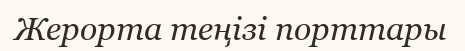
Жерорта теңізі порттары